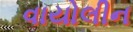
વાયોલીન